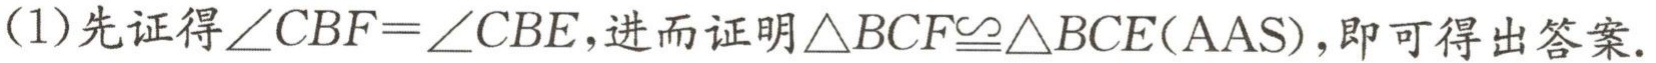
(1)先证得$\angle CBF = \angle CBE$，进而证明$\triangle BCF\cong\triangle BCE(\text{AAS})$，即可得出答案.